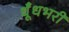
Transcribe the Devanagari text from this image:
धूँधभरी